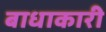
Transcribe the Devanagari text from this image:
बाधाकारी